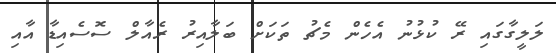
ލަލީގާގައި ރޭ ކުޅުނު އެހެން މެޗު ތަކަށް ބަލާއިރު ރެއާލް ސޮސެއިޑާ އާއި